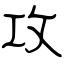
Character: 攻